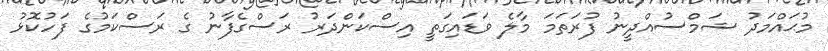
މުޙައްމަދު ޝަމްސުއްދީނު ފުރަތަމަ މާލެ ވަޑައިގަތީ އިސްކަންދަރު ރަސްގެފާނު ގެ ރަސްކަމުގެ ފަހުކޮޅު